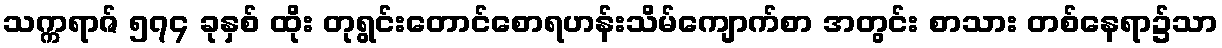
သက္ကရာဇ် ၅၇၄ ခုနှစ် ထိုး တုရွင်းတောင်စောရဟန်းသိမ်ကျောက်စာ အတွင်း စာသား တစ်နေရာ၌သာ